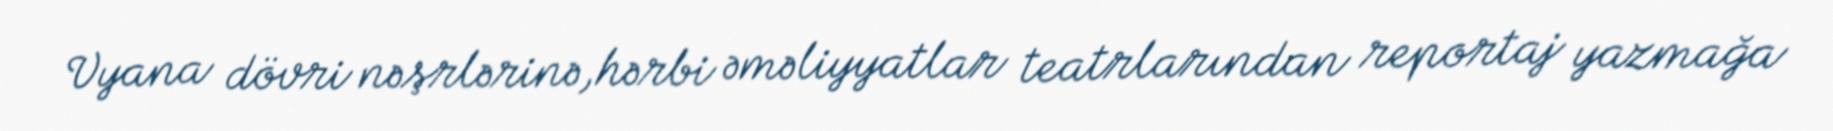
Vyana dövri nəşrlərinə,hərbi əməliyyatlar teatrlarından reportaj yazmağa